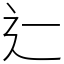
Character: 辷